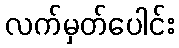
လက်မှတ်ပေါင်း